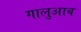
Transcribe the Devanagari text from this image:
गालुआब